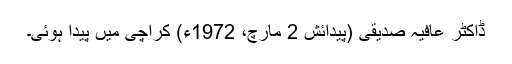
ڈاکٹر عافیہ صدیقی (پیدائش 2 مارچ، 1972ء) کراچی میں پیدا ہوئی۔